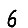
Digit: 6